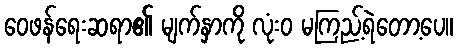
ဝေဖန်ရေးဆရာ၏ မျက်နှာကို လုံးဝ မကြည့်ရဲတော့ပေ။